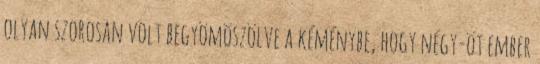
olyan szorosan volt begyömöszölve a kéménybe, hogy négy-öt ember